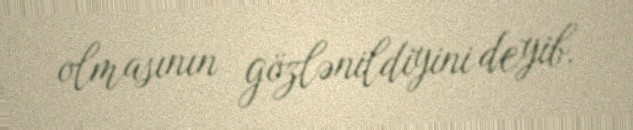
olmasının gözlənildiyini deyib.